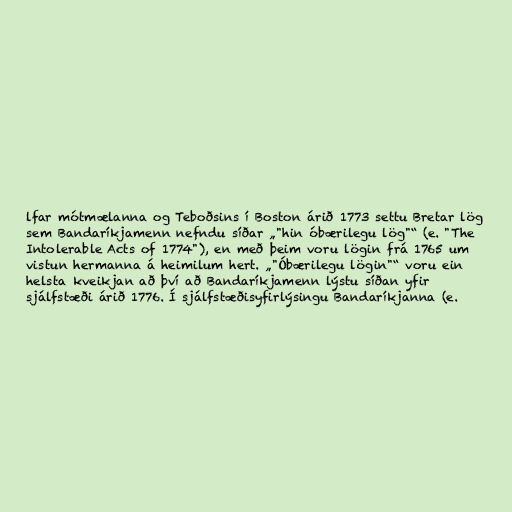
lfar mótmælanna og Teboðsins í Boston árið 1773 settu Bretar lög
sem Bandaríkjamenn nefndu síðar „"hin óbærilegu lög"“ (e. "The
Intolerable Acts of 1774"), en með þeim voru lögin frá 1765 um
vistun hermanna á heimilum hert. „"Óbærilegu lögin"“ voru ein
helsta kveikjan að því að Bandaríkjamenn lýstu síðan yfir
sjálfstæði árið 1776. Í sjálfstæðisyfirlýsingu Bandaríkjanna (e.